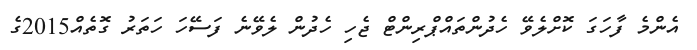
އެންމެ ފާހަގަ ކޮށްލެވޭ ހެދުންތައްޕްރިންޓް ޖެހި ހެދުން ލެވޭނެ ފަސޭހަ ހަތަރު ގޮތެއް2015ގެ